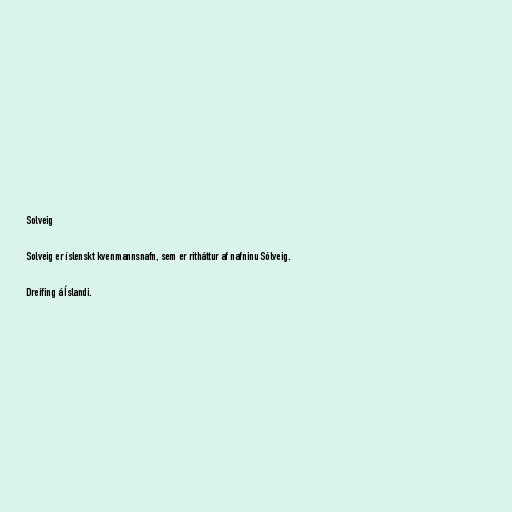
Solveig

Solveig er íslenskt kvenmannsnafn, sem er ritháttur af nafninu Sólveig.

Dreifing á Íslandi.